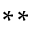
^ { * * }